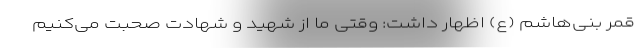
قمر بنی‌هاشم (ع) اظهار داشت: وقتی ما از شهید و شهادت صحبت می‌کنیم